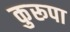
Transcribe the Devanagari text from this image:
कुरूपा